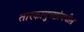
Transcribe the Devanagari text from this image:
तारकागुच्छांमधील